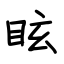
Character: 眩